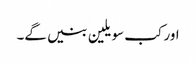
اور کب سویلین بنیں گے۔